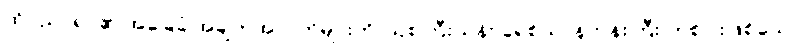
ထိုပညာရပ်၏ အခြေခံ အချက်အလက်များကို ဩစတြီးယန်း ခရစ်ယာန်ဘုန်းကြီး တစ်ပါးဖြစ်သော